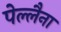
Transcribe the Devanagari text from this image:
पेल्लैना